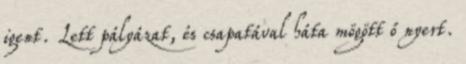
igent. Lett pályázat, és csapatával háta mögött ő nyert.